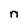
Character: n